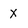
Character: X